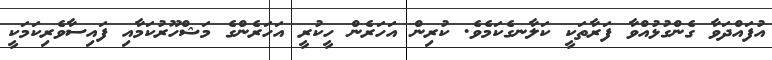
އުފައްދަވާ ގެންގުޅުއްވާ ފަރާތަކީ ކަލާނގެކަމެވެ. ކުރިން އަހަރެން ހީކުރީ އަހަރެންގެ މަޝްހޫރުކަމާއި ފައިސާވެރިކަމަކީ